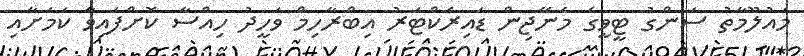
މައުލޫމާތު ސަންގު ޓީވީގެ މެނޭޖިން ޑައިރެކްޓަރު އިބްރާހިމް ވަހީދު ހިއްސާ ކޮށްފައިވާ ކަމަށާއި